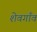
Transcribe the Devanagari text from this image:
शेवगाँव